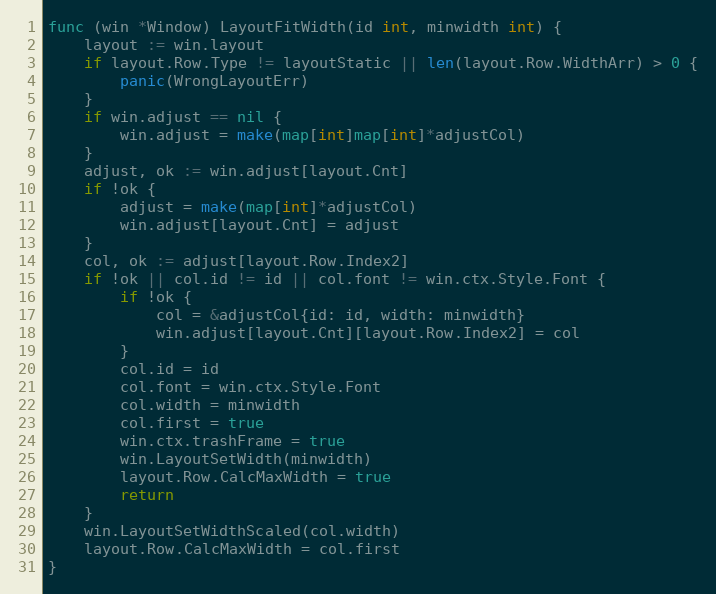
Language: Go
func (win *Window) LayoutFitWidth(id int, minwidth int) {
	layout := win.layout
	if layout.Row.Type != layoutStatic || len(layout.Row.WidthArr) > 0 {
		panic(WrongLayoutErr)
	}
	if win.adjust == nil {
		win.adjust = make(map[int]map[int]*adjustCol)
	}
	adjust, ok := win.adjust[layout.Cnt]
	if !ok {
		adjust = make(map[int]*adjustCol)
		win.adjust[layout.Cnt] = adjust
	}
	col, ok := adjust[layout.Row.Index2]
	if !ok || col.id != id || col.font != win.ctx.Style.Font {
		if !ok {
			col = &adjustCol{id: id, width: minwidth}
			win.adjust[layout.Cnt][layout.Row.Index2] = col
		}
		col.id = id
		col.font = win.ctx.Style.Font
		col.width = minwidth
		col.first = true
		win.ctx.trashFrame = true
		win.LayoutSetWidth(minwidth)
		layout.Row.CalcMaxWidth = true
		return
	}
	win.LayoutSetWidthScaled(col.width)
	layout.Row.CalcMaxWidth = col.first
}